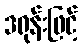
ဒရုန်းဖြင့်